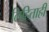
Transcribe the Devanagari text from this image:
लिहिताही